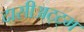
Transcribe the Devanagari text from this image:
दासीअट्ट्म